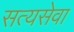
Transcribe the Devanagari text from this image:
सत्यसेवा